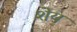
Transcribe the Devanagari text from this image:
शेय